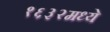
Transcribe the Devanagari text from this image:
१६३२मध्ये